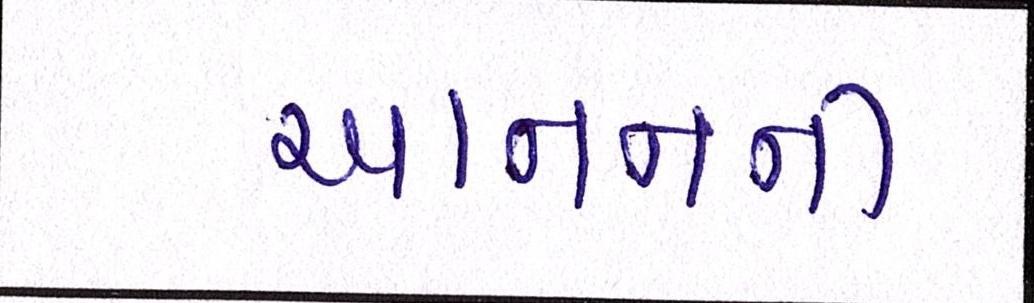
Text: આનનની